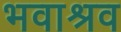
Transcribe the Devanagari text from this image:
भवाश्रव